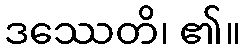
ဒဿေတိ၊ ၏။